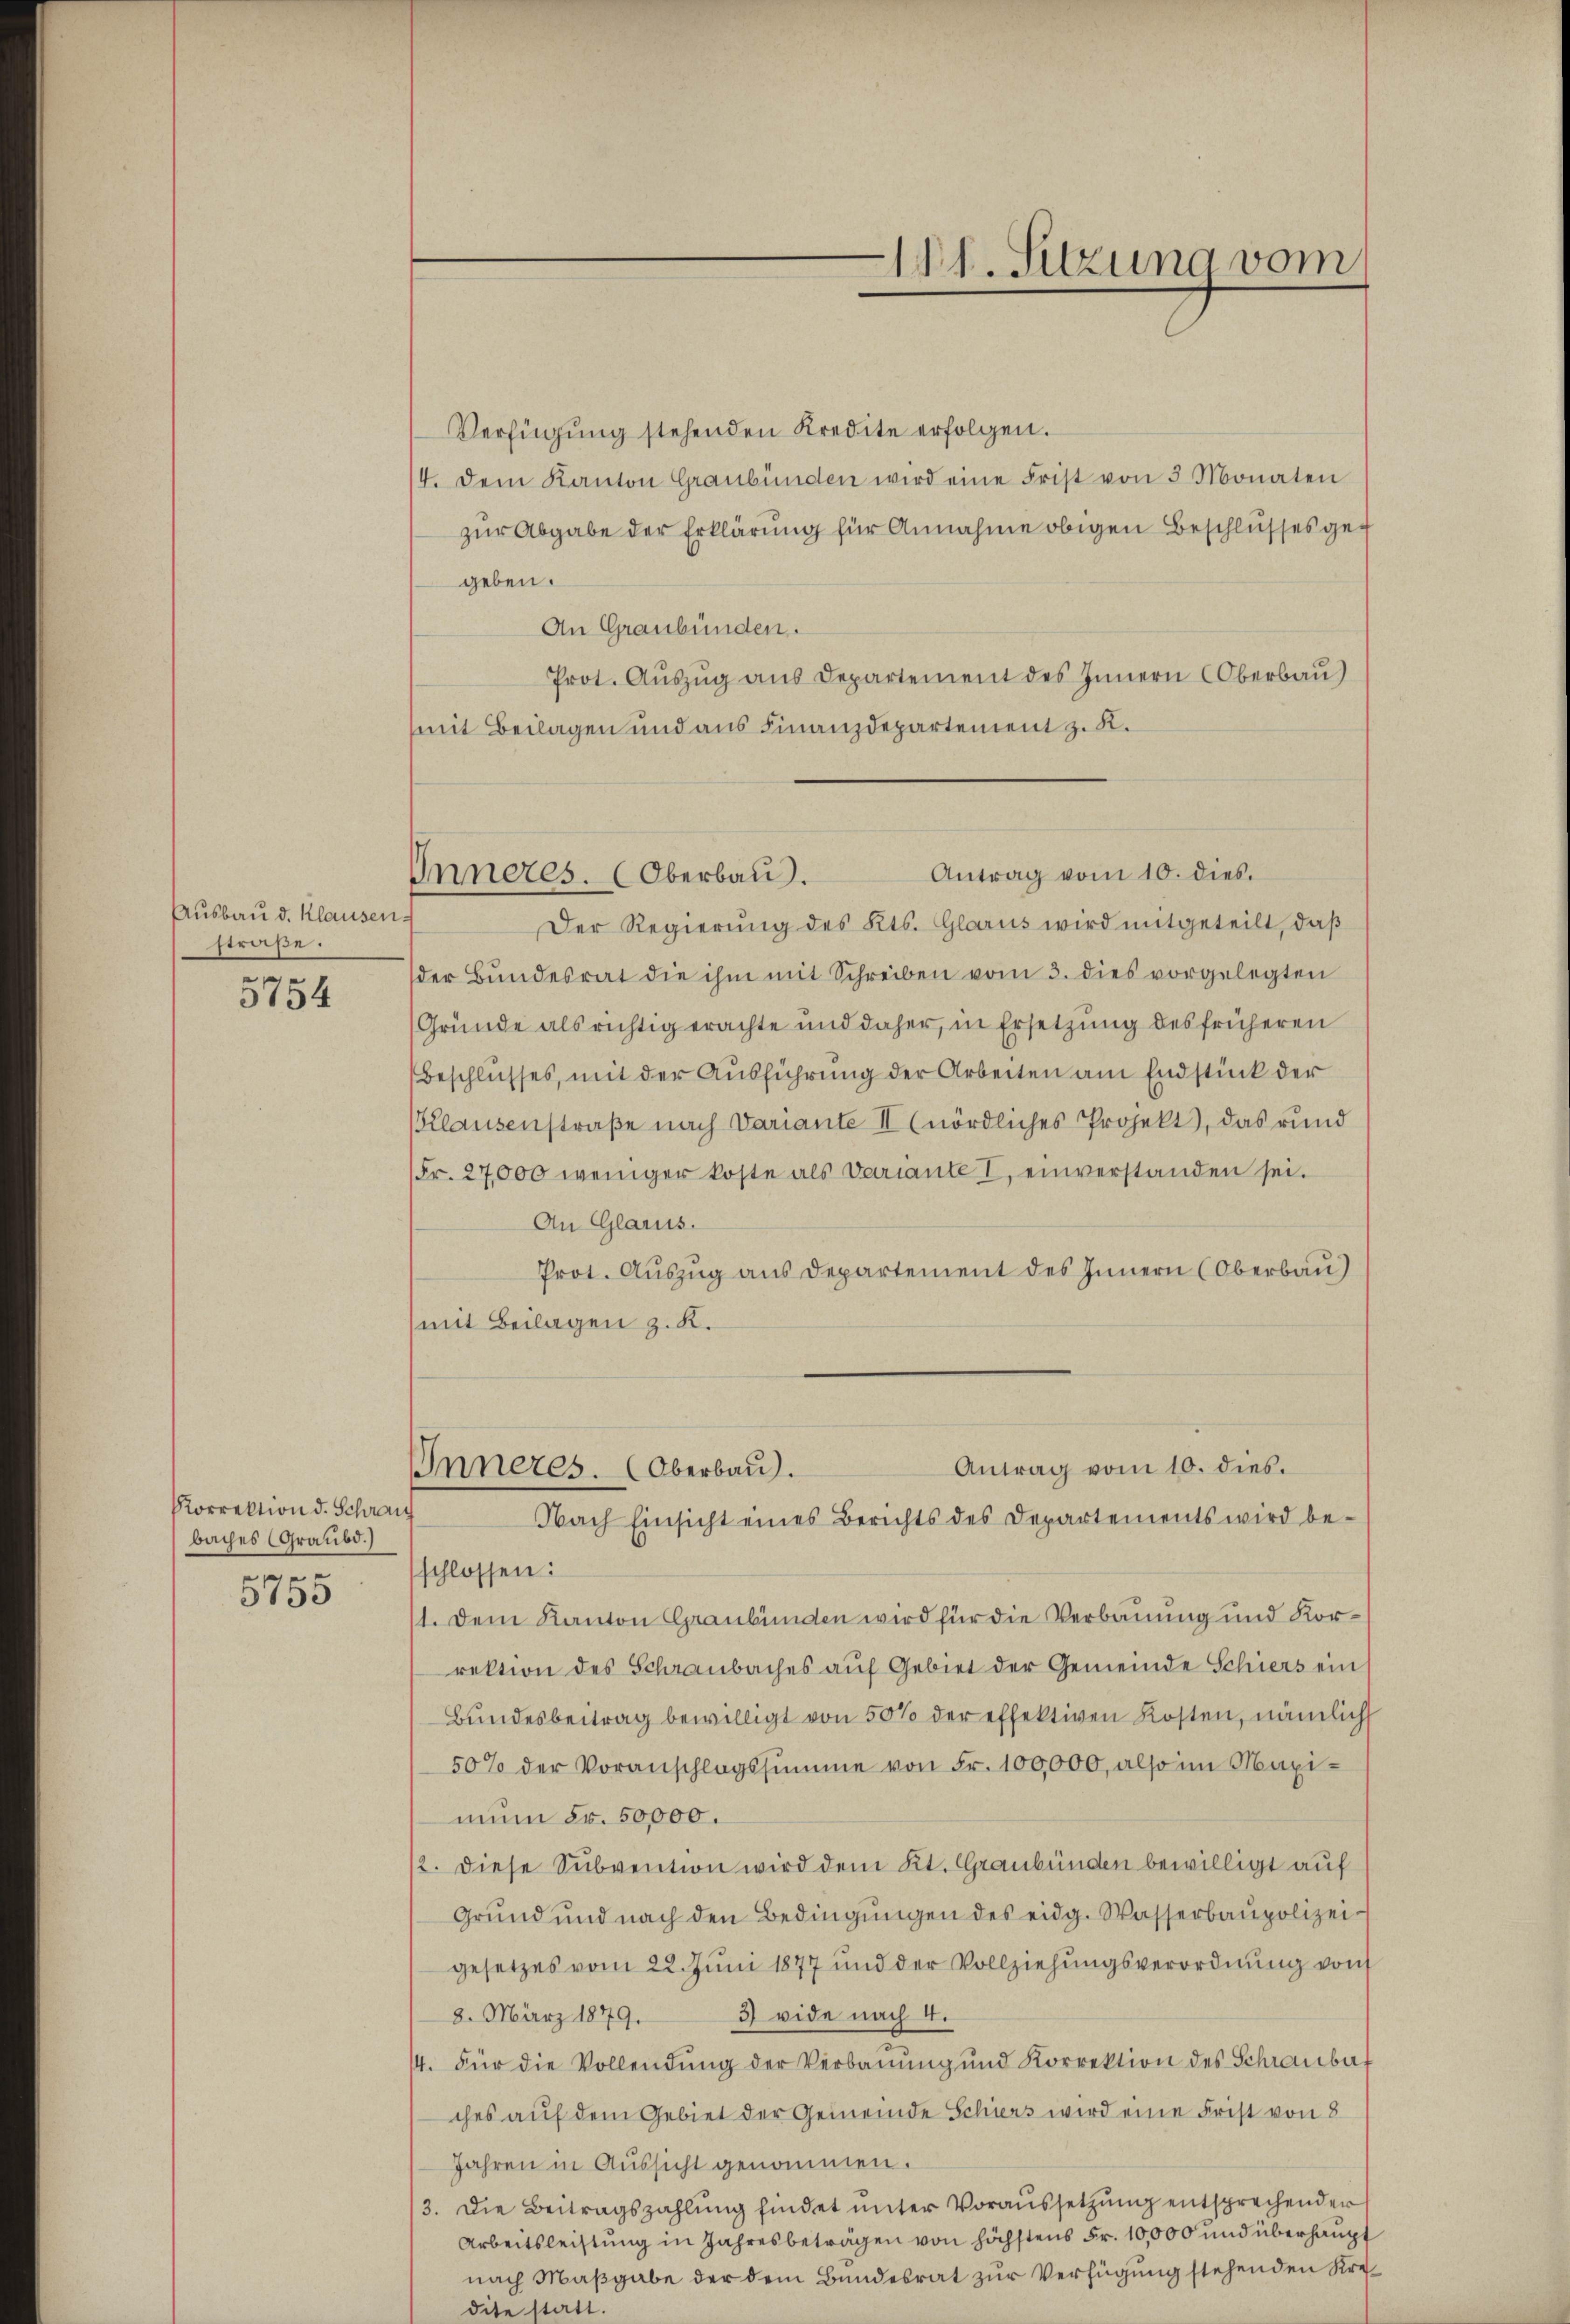
Ausbau d. Klausenstraße.

5754

Korrektion d. Schrauch
baches (Graubd.)
e

0150

Verfügung stehenden Kredite erfolgen.
4. Dem Kanton Graubünden wird eine Frist von 3 Monaten
zur Abgabe der Erklärung für Annahme obigen Beschlusses gef
geben.
An Graubünden.
Prot. Aŭszŭg aŭs Departement des Innern Oberbau)
mit Beilagen und aus Finanzdepartement z. K.
Der Regierŭng des Kts. Glarus wird mitgeteilt, daß
der Bŭndesrat die ihm mit Schreiben vom 3. dies vorgelegten
(Gründe als richtig erachte und daher, in Ersetzung des früheren
Beschlusses, mit der Ausführung der Arbeiten am Endstück der
Klausenstraße nach Variante II (nördliches Projekt, das rund
Fr. 27,000 weniger koste als Variante I einverstanden sei.
An Glarus.
Prot. Auszug aus Departement des Innern (Oberbau)
mit Beilagen z. K.
Antrag vom 10. dies.
Inneres. (Oberbau).
Nach Einsicht eines Berichts des Departements wird be-
schlossen:
1. Dem Kanton Graubünden wird für die Verbauung und Korrektion des Schranbaches aŭf Gebiet der Gemeinde Schiers ein
Bundesbeitrag bewilligt von 50% der effektiven Kosten, nämlich
50% der Voranschlagssumme von Fr. 100,000, also im Maximun Fr. 50,000.
12. diese Subvention wird dem Kt. Graubünden bewilligt auf
Grŭnd und nach den Bedingŭngen des eidg. Wasserbaupolizei-
gesetzes vom 22. Jŭni 1877 und der Vollziehŭngsverordnŭng von
3 vide nach 4.
8. März 1879.
14. Für die Vollendŭng der Verbaŭŭng ŭnd Korrektion des Schrauber,
ches auf dem Gebiet der Gemeinde Schiers wird eine Frist von 8
Jahren in Aussicht genommen.
3. Die Beitragszahlŭng findet unter Voraussetzŭng entsprechender
Arbeitsleistung in Jahresbeträgen von höchstens Fr. 10,000 und überhaupt
nach Maßgabe der dem Bundesrat zur Verfügung stehenden Kre¬

181. Sitzung vom

Antrag vom 10. dies.
Inneres. (Oberbau.